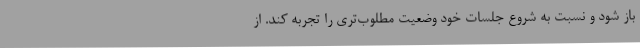
باز شود و نسبت به شروع جلسات خود وضعیت مطلوب‌تری را تجربه کند. از